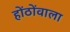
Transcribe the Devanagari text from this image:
होंठोंवाला